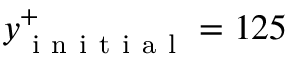
y _ { \mathrm { ~ i ~ n ~ i ~ t ~ i ~ a ~ l ~ } } ^ { + } = 1 2 5